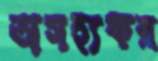
অসহ্যকর